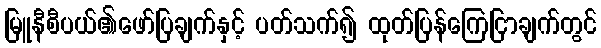
မြူနီစီပယ်၏ဖော်ပြချက်နှင့် ပတ်သက်၍ ထုတ်ပြန်ကြေငြာချက်တွင်